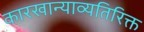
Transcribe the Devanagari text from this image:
कारखान्याव्यतिरिक्त